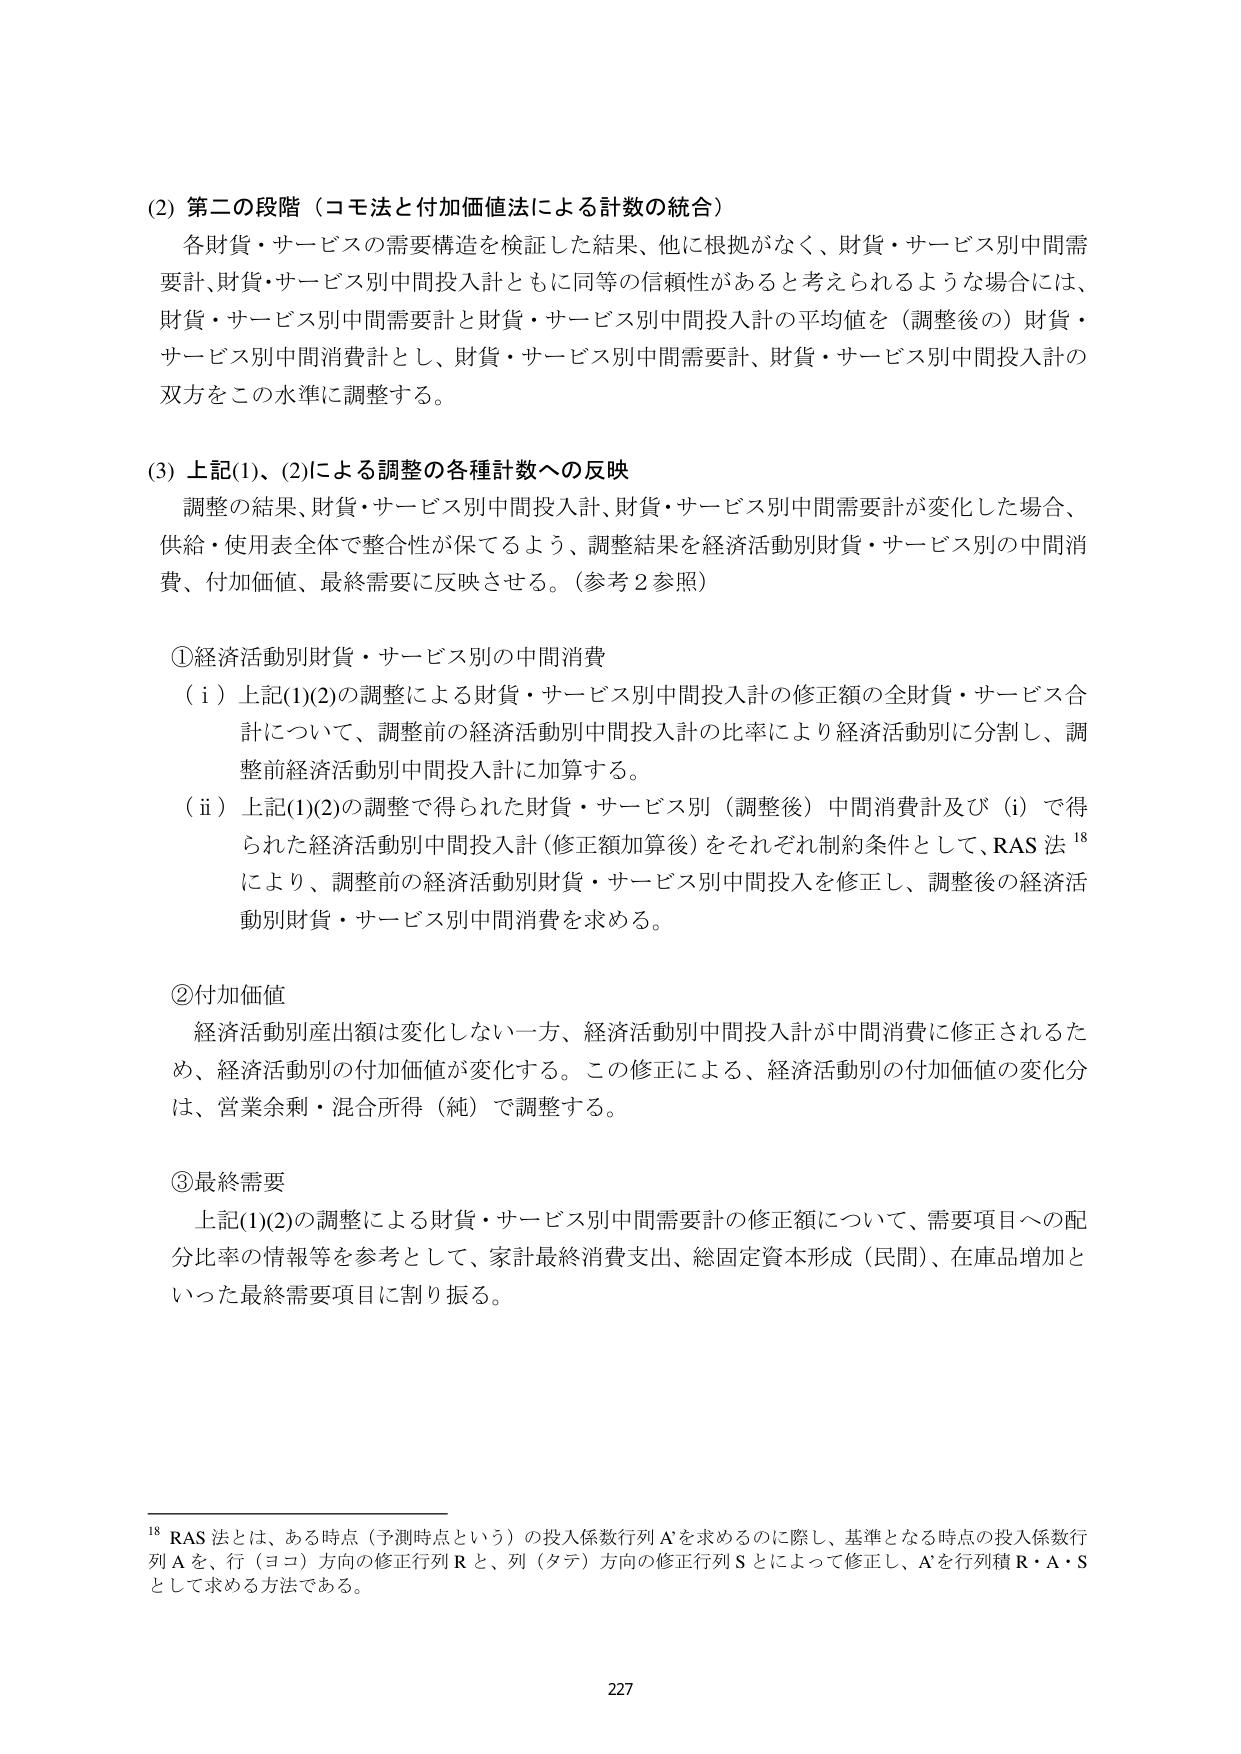
(2) 第二の段階（コモ法と付加価値法による計数の統合）
各財貨・サービスの需要構造を検証した結果、他に根拠がなく、財貨・サービス別中間需要計、財貨・サービス別中間投入計ともに同等の信頼性があると考えられるような場合には、財貨・サービス別中間需要計と財貨・サービス別中間投入計の平均値を（調整後の）財貨・サービス別中間消費計とし、財貨・サービス別中間需要計、財貨・サービス別中間投入計の双方をこの水準に調整する。

(3) 上記(1)、(2)による調整の各種計数への反映
調整の結果、財貨・サービス別中間投入計、財貨・サービス別中間需要計が変化した場合、供給・使用表全体で整合性が保てるよう、調整結果を経済活動別財貨・サービス別の中間消費、付加価値、最終需要に反映させる。（参考2参照）

①経済活動別財貨・サービス別の中間消費
（i）上記(1)(2)の調整による財貨・サービス別中間投入計の修正額の全財貨・サービス合計について、調整前の経済活動別中間投入計の比率により経済活動別に分割し、調整前経済活動別中間投入計に加算する。
（ii）上記(1)(2)の調整で得られた財貨・サービス別（調整後）中間消費計及び（i）で得られた経済活動別中間投入計（修正額加算後）をそれぞれ制約条件として、RAS 法¹⁸により、調整前の経済活動別財貨・サービス別中間投入を修正し、調整後の経済活動別財貨・サービス別中間消費を求める。

②付加価値
経済活動別産出額は変化しない一方、経済活動別中間投入計が中間消費に修正されるため、経済活動別の付加価値が変化する。この修正による、経済活動別の付加価値の変化分は、営業余剰・混合所得（純）で調整する。

③最終需要
上記(1)(2)の調整による財貨・サービス別中間需要計の修正額について、需要項目への配分比率の情報等を参考として、家計最終消費支出、総固定資本形成（民間）、在庫品増加といった最終需要項目に割り振る。

¹⁸ RAS 法とは、ある時点（予測時点という）の投入係数行列 A を求めるのに際し、基準となる時点の投入係数行列 A を、行（ヨコ）方向の修正行列 R と、列（タテ）方向の修正行列 S によって修正し、A' を行列積 R・A・S として求める方法である。

227